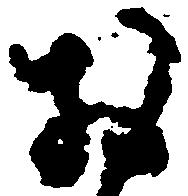
お